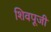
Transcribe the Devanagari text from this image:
शिवपूजी